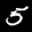
Label: 5